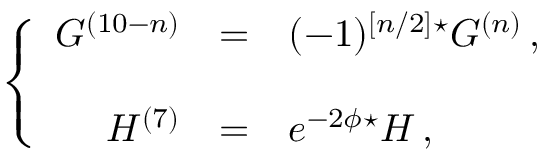
\left\{ \begin{array} { r c l } { { G ^ { ( 1 0 - n ) } } } & { { = } } & { { ( - 1 ) ^ { \left[ n / 2 \right] } { } ^ { \star } G ^ { ( n ) } \, , } } \\ { { } } & { { } } & { { } } \\ { { H ^ { ( 7 ) } } } & { { = } } & { { e ^ { - 2 \phi } { } ^ { \star } H \, , } } \end{array} \right.